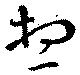
想